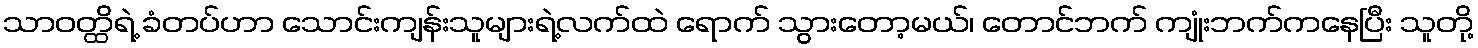
သာဝတ္ထိရဲ့ ခံတပ်ဟာ သောင်းကျန်းသူများရဲ့လက်ထဲ ရောက် သွားတော့မယ်၊ တောင်ဘက် ကျုံးဘက်ကနေပြီး သူတို့